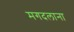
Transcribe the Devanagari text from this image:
मगदलाना